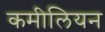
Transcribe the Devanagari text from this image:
कमीलियन